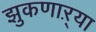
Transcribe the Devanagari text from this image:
झुकणाऱ्या